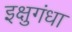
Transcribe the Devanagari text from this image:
इक्षुगंधा